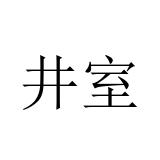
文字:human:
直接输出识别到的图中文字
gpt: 井室